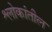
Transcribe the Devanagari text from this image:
श्लोकांतील